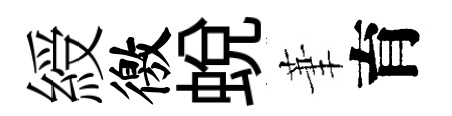
綬徼蜕茟育